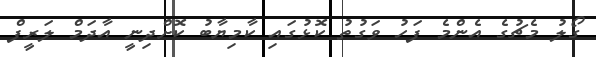
ގޯލު މެޗުގެ އެންމެ ފަހު ވަގުތު ކޮޅުގައި ކާމިޔާބު ކޮށްދިނީ އާދަމް ލަރީފް